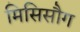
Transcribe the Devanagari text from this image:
मिसिसौग